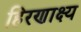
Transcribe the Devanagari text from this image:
हिरणाक्ष्य